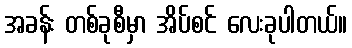
အခန်း တစ်ခုစီမှာ အိပ်စင် လေးခုပါတယ်။